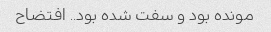
مونده بود و سفت شده بود.. افتضاح